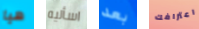
هيا اسأليه بعد اعترافك